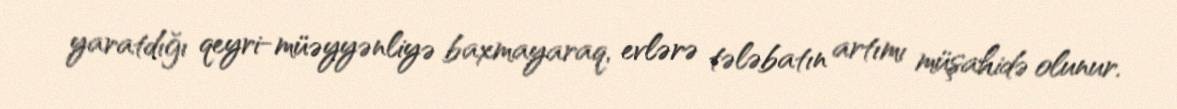
yaratdığı qeyri-müəyyənliyə baxmayaraq, evlərə tələbatın artımı müşahidə olunur.